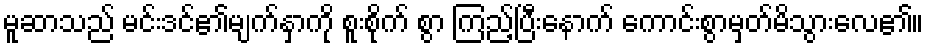
မူဆာသည် မင်းဒင်၏မျက်နှာကို စူးစိုက် စွာ ကြည့်ပြီးနောက် ကောင်းစွာမှတ်မိသွားလေ၏။